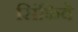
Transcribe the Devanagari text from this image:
सिंफिवे